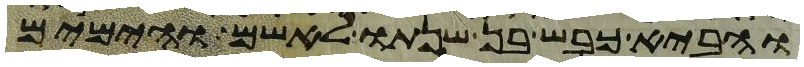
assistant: והביא כבש בן שנתו לאשם והימים